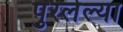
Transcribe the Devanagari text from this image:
पुरलेल्या